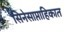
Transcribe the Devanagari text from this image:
सिनेसाप्ताहिकात